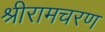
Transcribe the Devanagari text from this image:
श्रीरामचरण